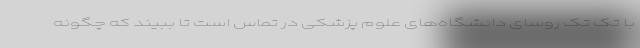
با تک تک روسای دانشگاه‌های علوم پزشکی در تماس است تا ببیند که چگونه